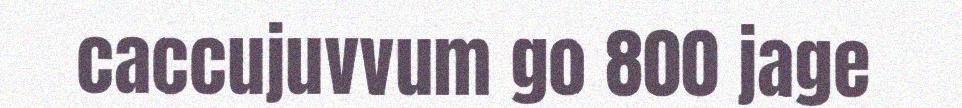
caccujuvvum go 800 jage